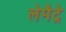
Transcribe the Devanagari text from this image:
लेमैट्रे